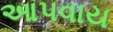
આપવાય